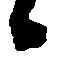
候